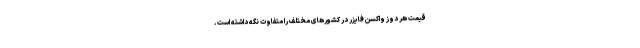
قیمت هر دوز واکسن فایزر در کشورهای مختلف را متفاوت نگه داشته است.